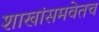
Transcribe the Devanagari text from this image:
शाखांसमवेतच